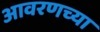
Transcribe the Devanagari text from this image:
आवरणच्या